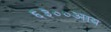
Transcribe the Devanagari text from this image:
६३००आय